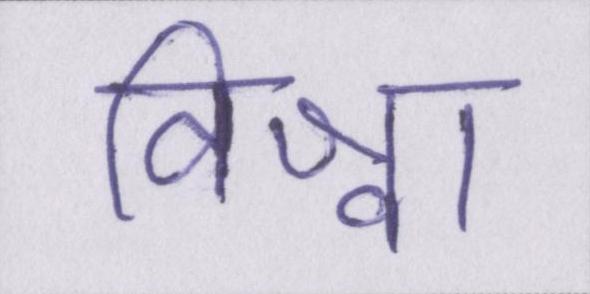
विश्वा